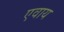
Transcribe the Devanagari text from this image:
एवाय